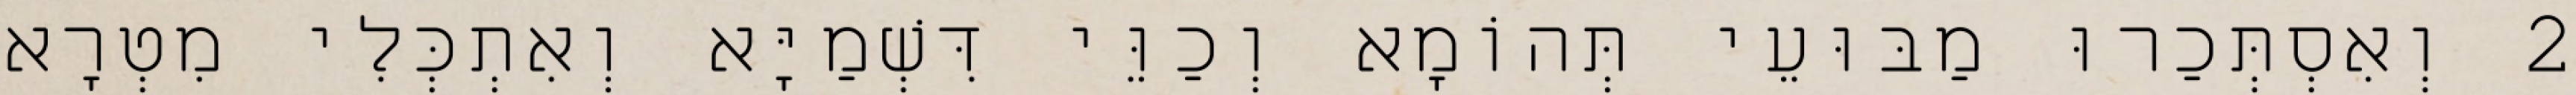
2 וְאִסְתְּכַרוּ מַבּוּעֵי תְּהוֹמָא וְכַוֵּי דִּשְׁמַיָּא וְאִתְכְּלִי מִטְרָא